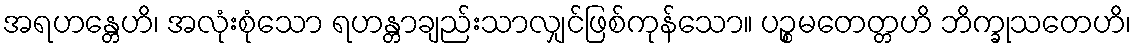
အရဟန္တေဟိ၊ အလုံးစုံသော ရဟန္တာချည်းသာလျှင်ဖြစ်ကုန်သော။ ပဉ္စမတေတ္တဟိ ဘိက္ခုသတေဟိ၊